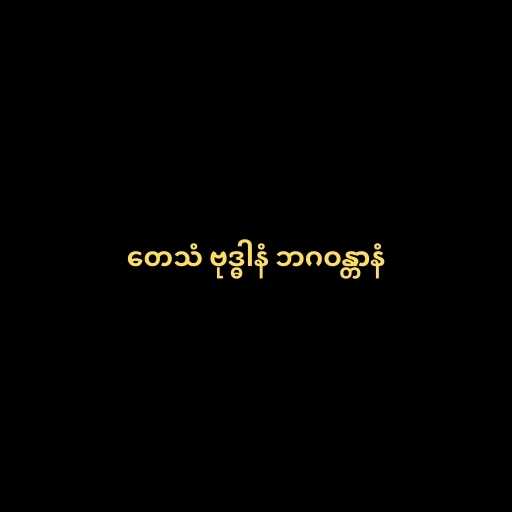
တေသံ ဗုဒ္ဓါနံ ဘဂဝန္တာနံ